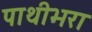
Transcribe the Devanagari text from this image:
पाथीभरा